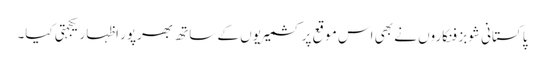
پاکستانی شوبز فنکاروں نے بھی اس موقع پر کشمیریوں کے ساتھ بھرپور اظہار یکجہتی کیا۔